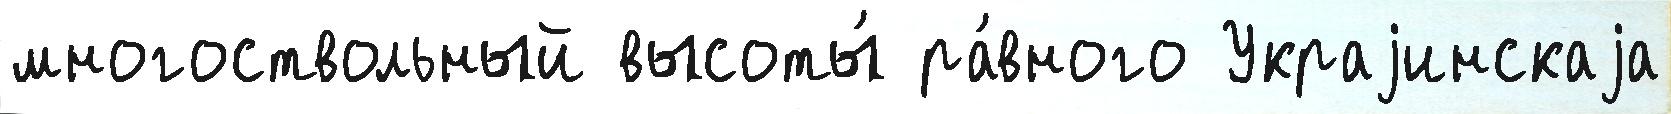
многоствольный высоты́ ра́вного Украjинскаjа